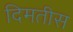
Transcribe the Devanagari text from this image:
दिमतीस